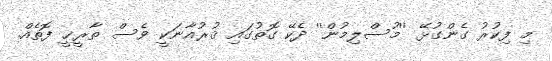
މި ފިކުރު ގެންގުޅޭ ''މުސްލިމުން'' ދެކޭ ގޮތުގައި ޤުރުއާނަކީ ވެސް ތާރީޚީ ފޮތެއް.